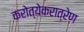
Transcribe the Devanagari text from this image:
करोत्येकरात्रेण